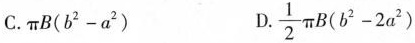
C. $$π B ( b ^ { 2 } - a ^ { 2 } )$$ D.$$\frac { 1 } { 2 } π B ( b ^ { 2 } - 2 a ^ { 2 } )$$